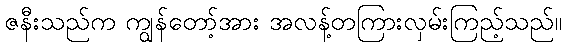
ဇနီးသည်က ကျွန်တော့်အား အလန့်တကြားလှမ်းကြည့်သည်။